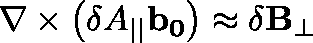
\nabla \times \left( \delta A _ { | | } \mathbf { b _ { 0 } } \right) \approx \mathbf { \delta B _ { \perp } }